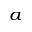
^ a